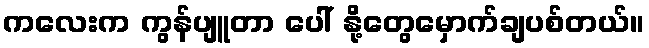
ကလေးက ကွန်ပျူတာ ပေါ် နို့တွေမှောက်ချပစ်တယ်။